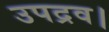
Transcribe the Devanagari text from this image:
उपद्रव।